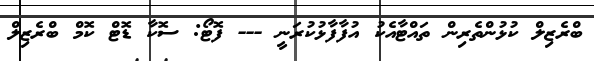
ބްރެޒިލް ކުޅުންތެރިން ތައްޓާއެކު އުފާފާޅުކުރަނީ --- ފޮޓޯ: ސޮކާ ޑޮޓް ކޮމް ބްރެޒިލް